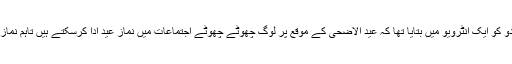
جموں و کشمیر کے مفتی اعظم مفتی ناصر الاسلام نے گذشتہ روز یو این آئی اردو کو ایک انٹرویو میں بتایا تھا کہ عید الاضحیٰ کے موقع پر لوگ چھوٹے چھوٹے اجتماعات میں نماز عید ادا کرسکتے ہیں تاہم نماز عید کی ادائیگی کے لئے بڑے اجتماعات کے انعقاد سے احتراز کیا جانا چاہئے۔